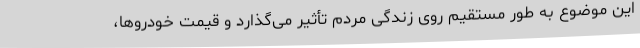
این موضوع به طور مستقیم روی زندگی مردم تأثیر می‌گذارد و قیمت خودروها،